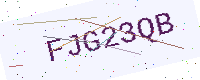
Text: FJG23QB